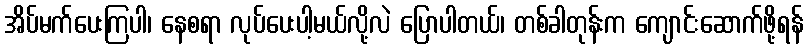
အိပ်မက်ပေးကြပါ၊ နေစရာ လုပ်ပေးပါ့မယ်လို့လဲ ပြောပါတယ်၊ တစ်ခါတုန်းက ကျောင်းဆောက်ဖို့ရန်